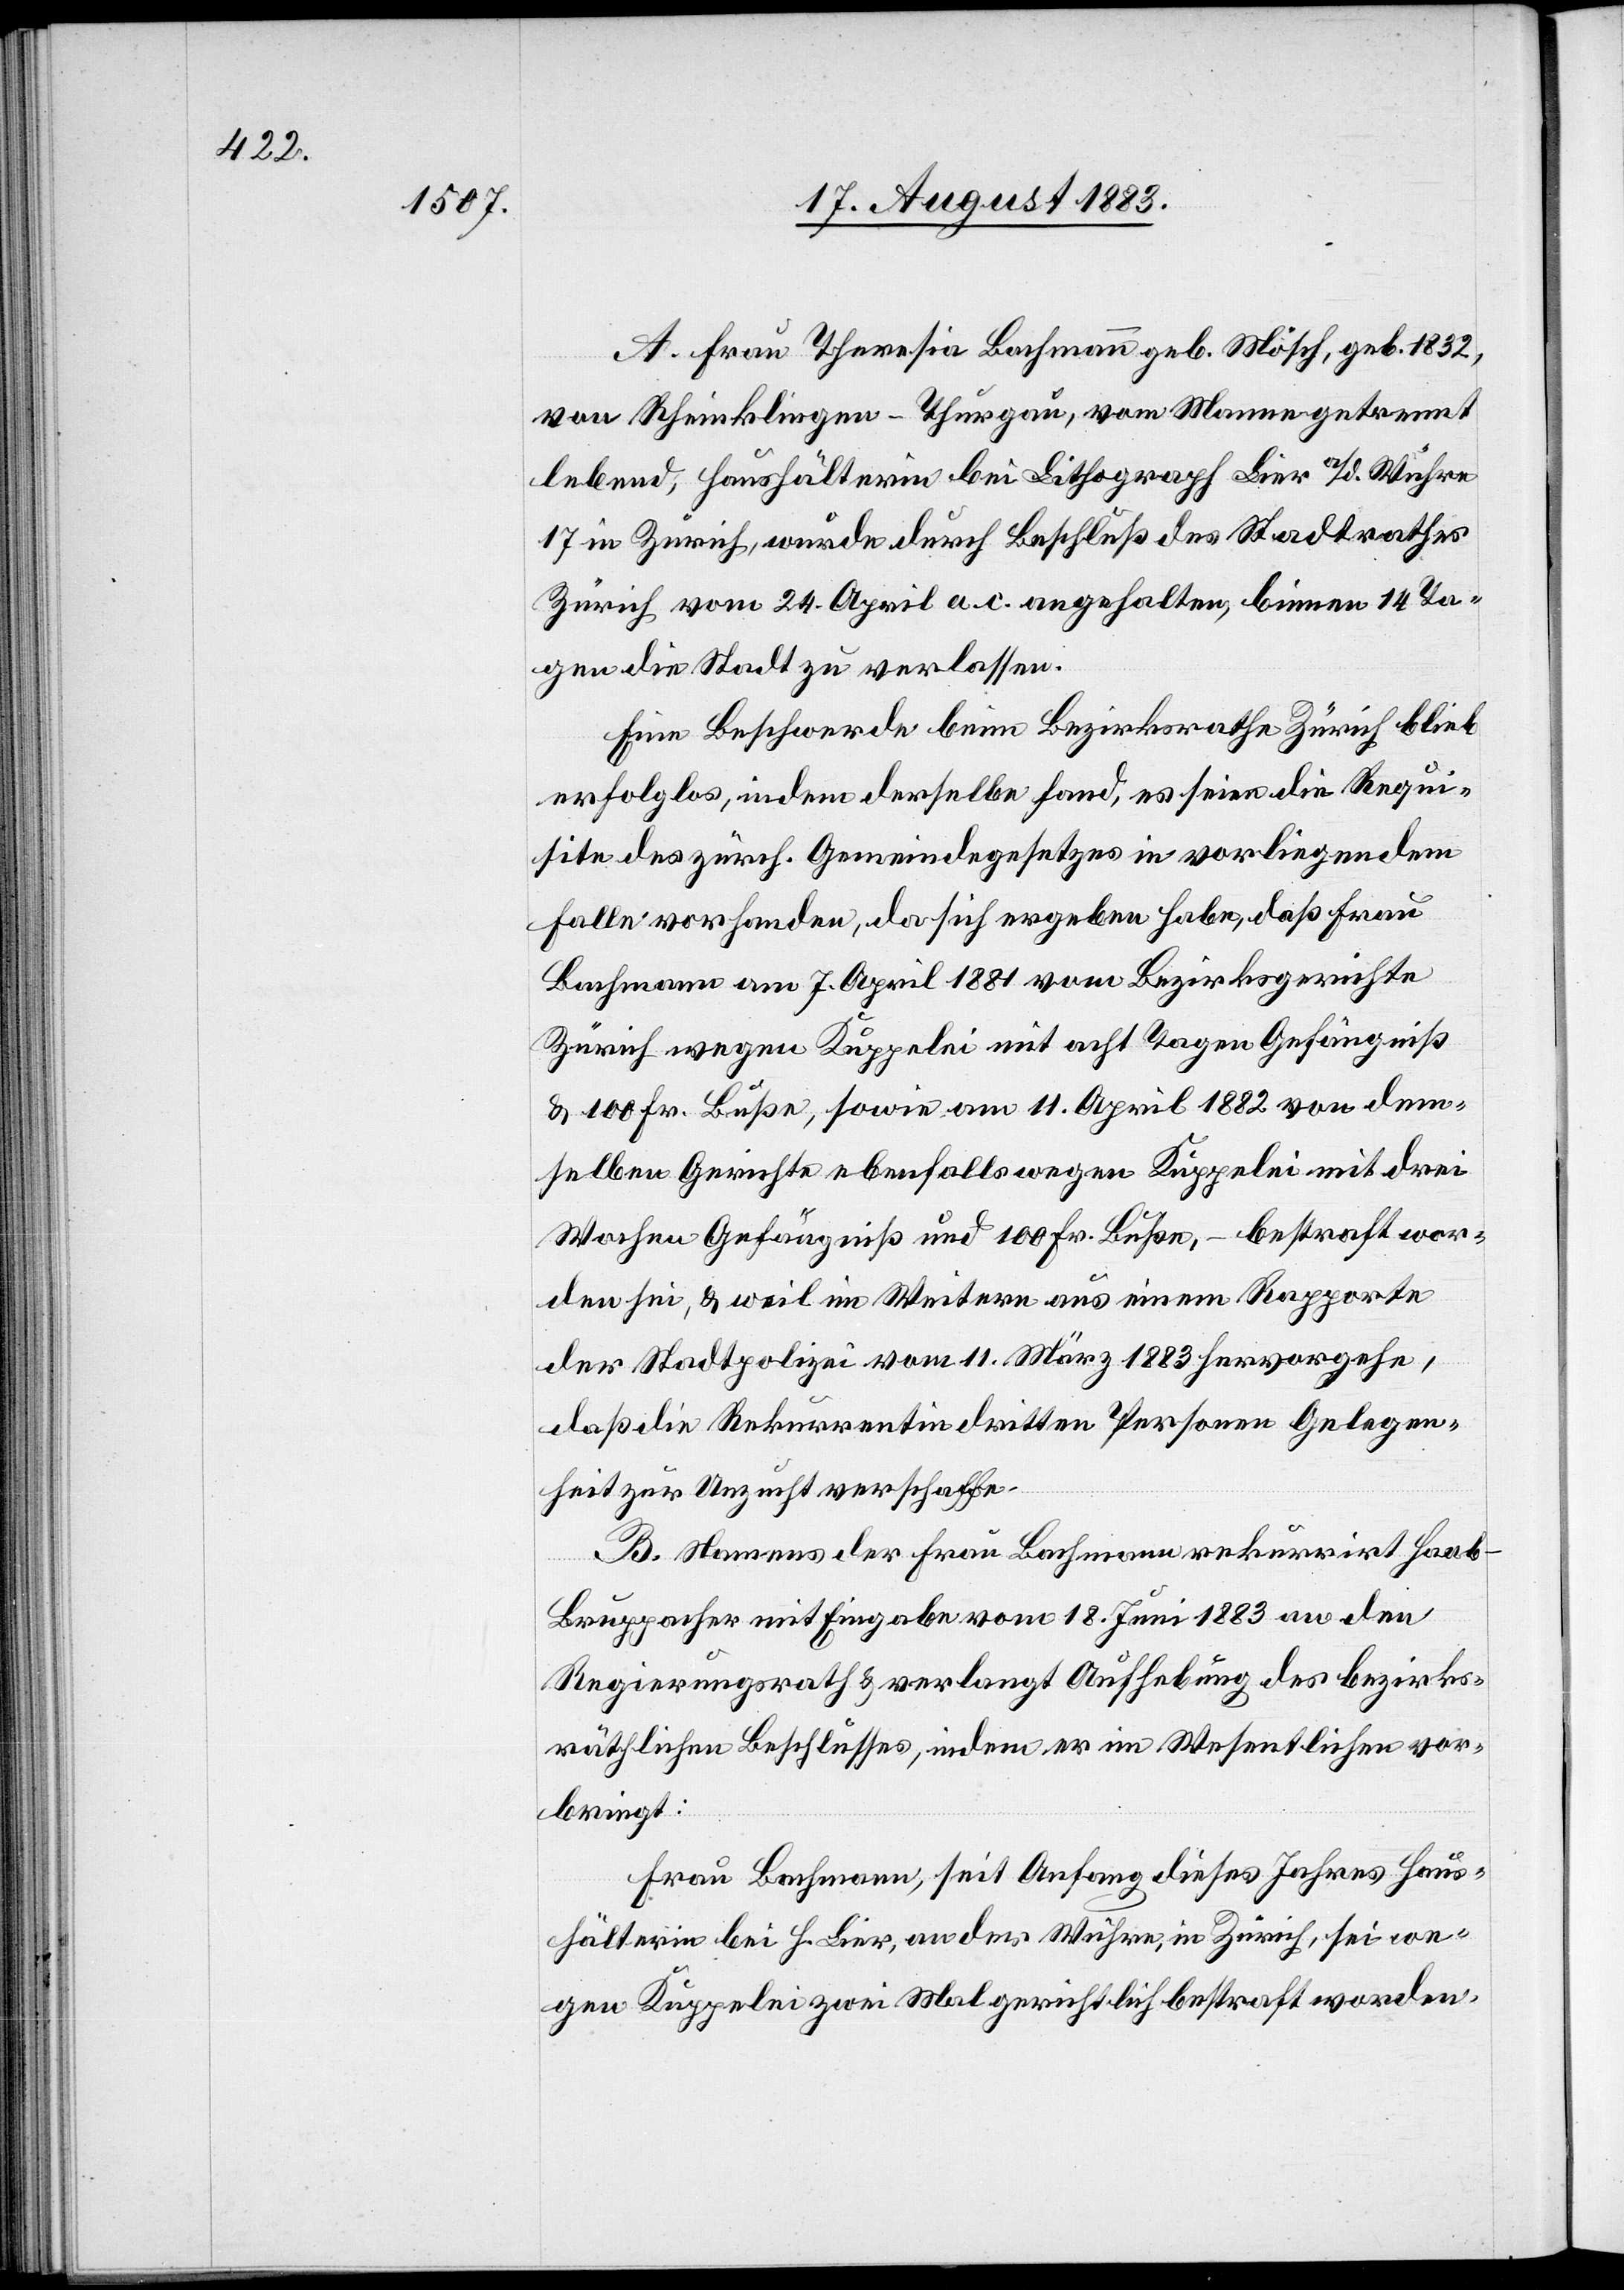
A. Frau Theresia Bachmann geb. Mösch, geb. 1832,
von Rheinklingen - Thurgau, vom Manne getrennt
lebend, Haushälterin bei Lithograph Lier a/d. Wühre
17 in Zürich, wurde durch Beschluß des Stadtrathes
Zürich vom 24. April a. c. angehalten, binnen 14 Ta¬
gen die Stadt zu verlassen.
Eine Beschwerde beim Bezirksrath Zürich blieb
erfolglos, indem derselbe fand, es seien die Requi¬
siten des zürch. Gemeindegesetzes in vorliegendem
Falle vorhanden, da sich ergeben habe, daß Frau
Bachmann am 7. April 1881 vom Bezirksgerichte
Zürich wegen Kuppelei mit acht Tagen Gefängniß
& 100 Fr. Buße, sowie am 11. April 1882 von dem¬
selben Gerichte ebenfalls wegen Kuppelei mit drei
Wochen Gefängniß und 100 Fr. Buße, – bestraft wor¬
den sei, & weil im Weitern aus einem Rapporte
der Stadtpolizei vom 11. März 1883 hervorgehe,
daß die Rekurrentin dritten Personen Gelegen¬
heit zur Unzucht verschaffe.
B. Namens der Frau Bachmann rekurrirt Haab-B¬
ruppacher mit Eingabe vom 18. Juni 1883 an den
Regierungsrath & verlangt Aufhebung des bezirks¬
räthlichen Beschlusses, indem er im Wesentlichen vor¬
bringt:
Frau Bachmann, seit Anfang dieses Jahres Haus¬
hälterin bei H. Lier, an der Wühre, in Zürich, sei we¬
gen Kuppelei zwei Mal gerichtlich bestraft worden.